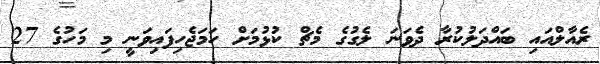
ރެއާލްއައި ބައްދަލުކުރާ ދެވަނަ ލެގުގެ މެޗް ކުޅުމަށް ހަމަޖެހިފައިވަނީ މި މަހުގެ 27